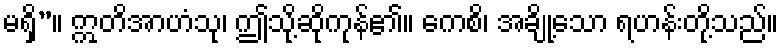
မရှိ”။ ဣတိအာဟံသု၊ ဤသို့ဆိုကုန်၏။ ကေစိ၊ အချို့သော ရဟန်းတို့သည်။